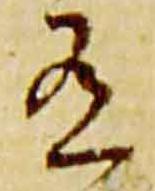
有